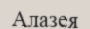
Алазея